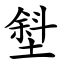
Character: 㙦